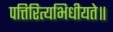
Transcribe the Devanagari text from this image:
पत्तिरित्यभिधीयते॥